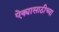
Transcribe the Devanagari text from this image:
ऐक्यासाठीच्या